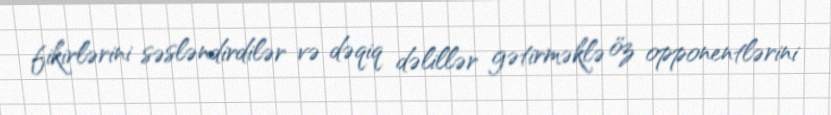
fikirlərini səsləndirdilər və dəqiq dəlillər gətirməklə öz opponentlərini